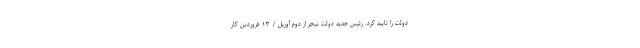
دولت را تایید کرد. رئیس جدید دولت نیجر از دوم آوریل / ۱۳ فروردین کار